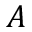
A